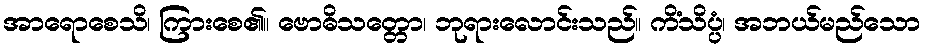
အာရောစေသိ၊ ကြားစေ၏။ ဗောဓိသတ္တော၊ ဘုရားလောင်းသည်။ ကိံသိပ္ပံ၊ အဘယ်မည်သော